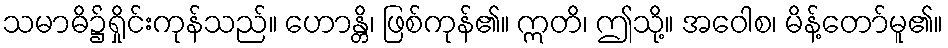
သမာဓိ၌ရှိုင်းကုန်သည်။ ဟောန္တိ၊ ဖြစ်ကုန်၏။ ဣတိ၊ ဤသို့။ အဝေါစ၊ မိန့်တော်မူ၏။